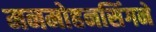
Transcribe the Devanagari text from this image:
मनमोहनसिंगने